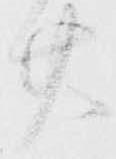
廿